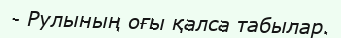
- Рулының оғы қалса табылар.